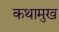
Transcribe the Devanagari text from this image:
कथामुख